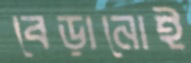
বেড়ানোই